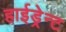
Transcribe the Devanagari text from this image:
हाईड्रेन्ट